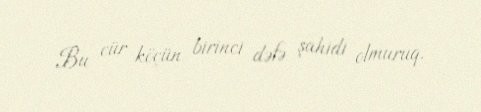
Bu cür köçün birinci dəfə şahidi olmuruq.